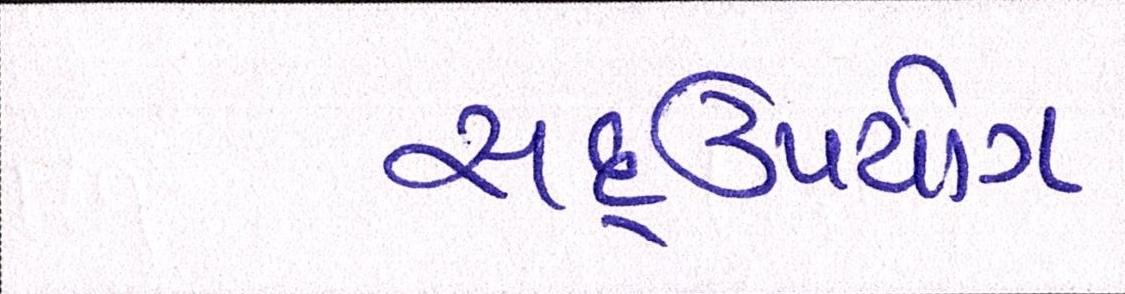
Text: સદ્ઉપયોગ